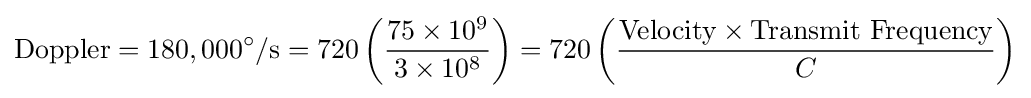
{\text{Doppler}}=180,000^{\circ }/{\text{s}}=720\left({\frac {75\times 10^{9}}{3\times 10^{8}}}\right)=720\left({\frac {{\text{Velocity}}\times {\text{Transmit Frequency}}}{C}}\right)